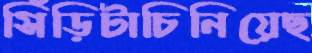
সিঁড়িটাচিনিয়েছ